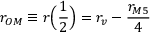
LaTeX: r _ { O M } \equiv r \Big ( \frac { 1 } { 2 } \Big ) = r _ { v } - \frac { r _ { M 5 } } { 4 }